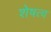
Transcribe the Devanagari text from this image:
शेषत्व